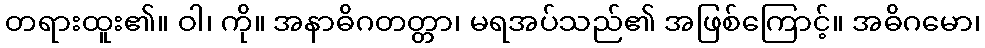
တရားထူး၏။ ဝါ၊ ကို။ အနာဓိဂတတ္တာ၊ မရအပ်သည်၏ အဖြစ်ကြောင့်။ အဓိဂမော၊